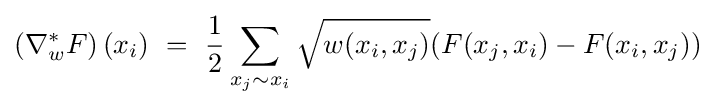
\left(\nabla _{w}^{*}F\right)(x_{i})\ =\ {\frac {1}{2}}\sum _{x_{j}\sim x_{i}}{{\sqrt {w(x_{i},x_{j})}}(F(x_{j},x_{i})-F(x_{i},x_{j}))}